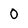
Character: 0